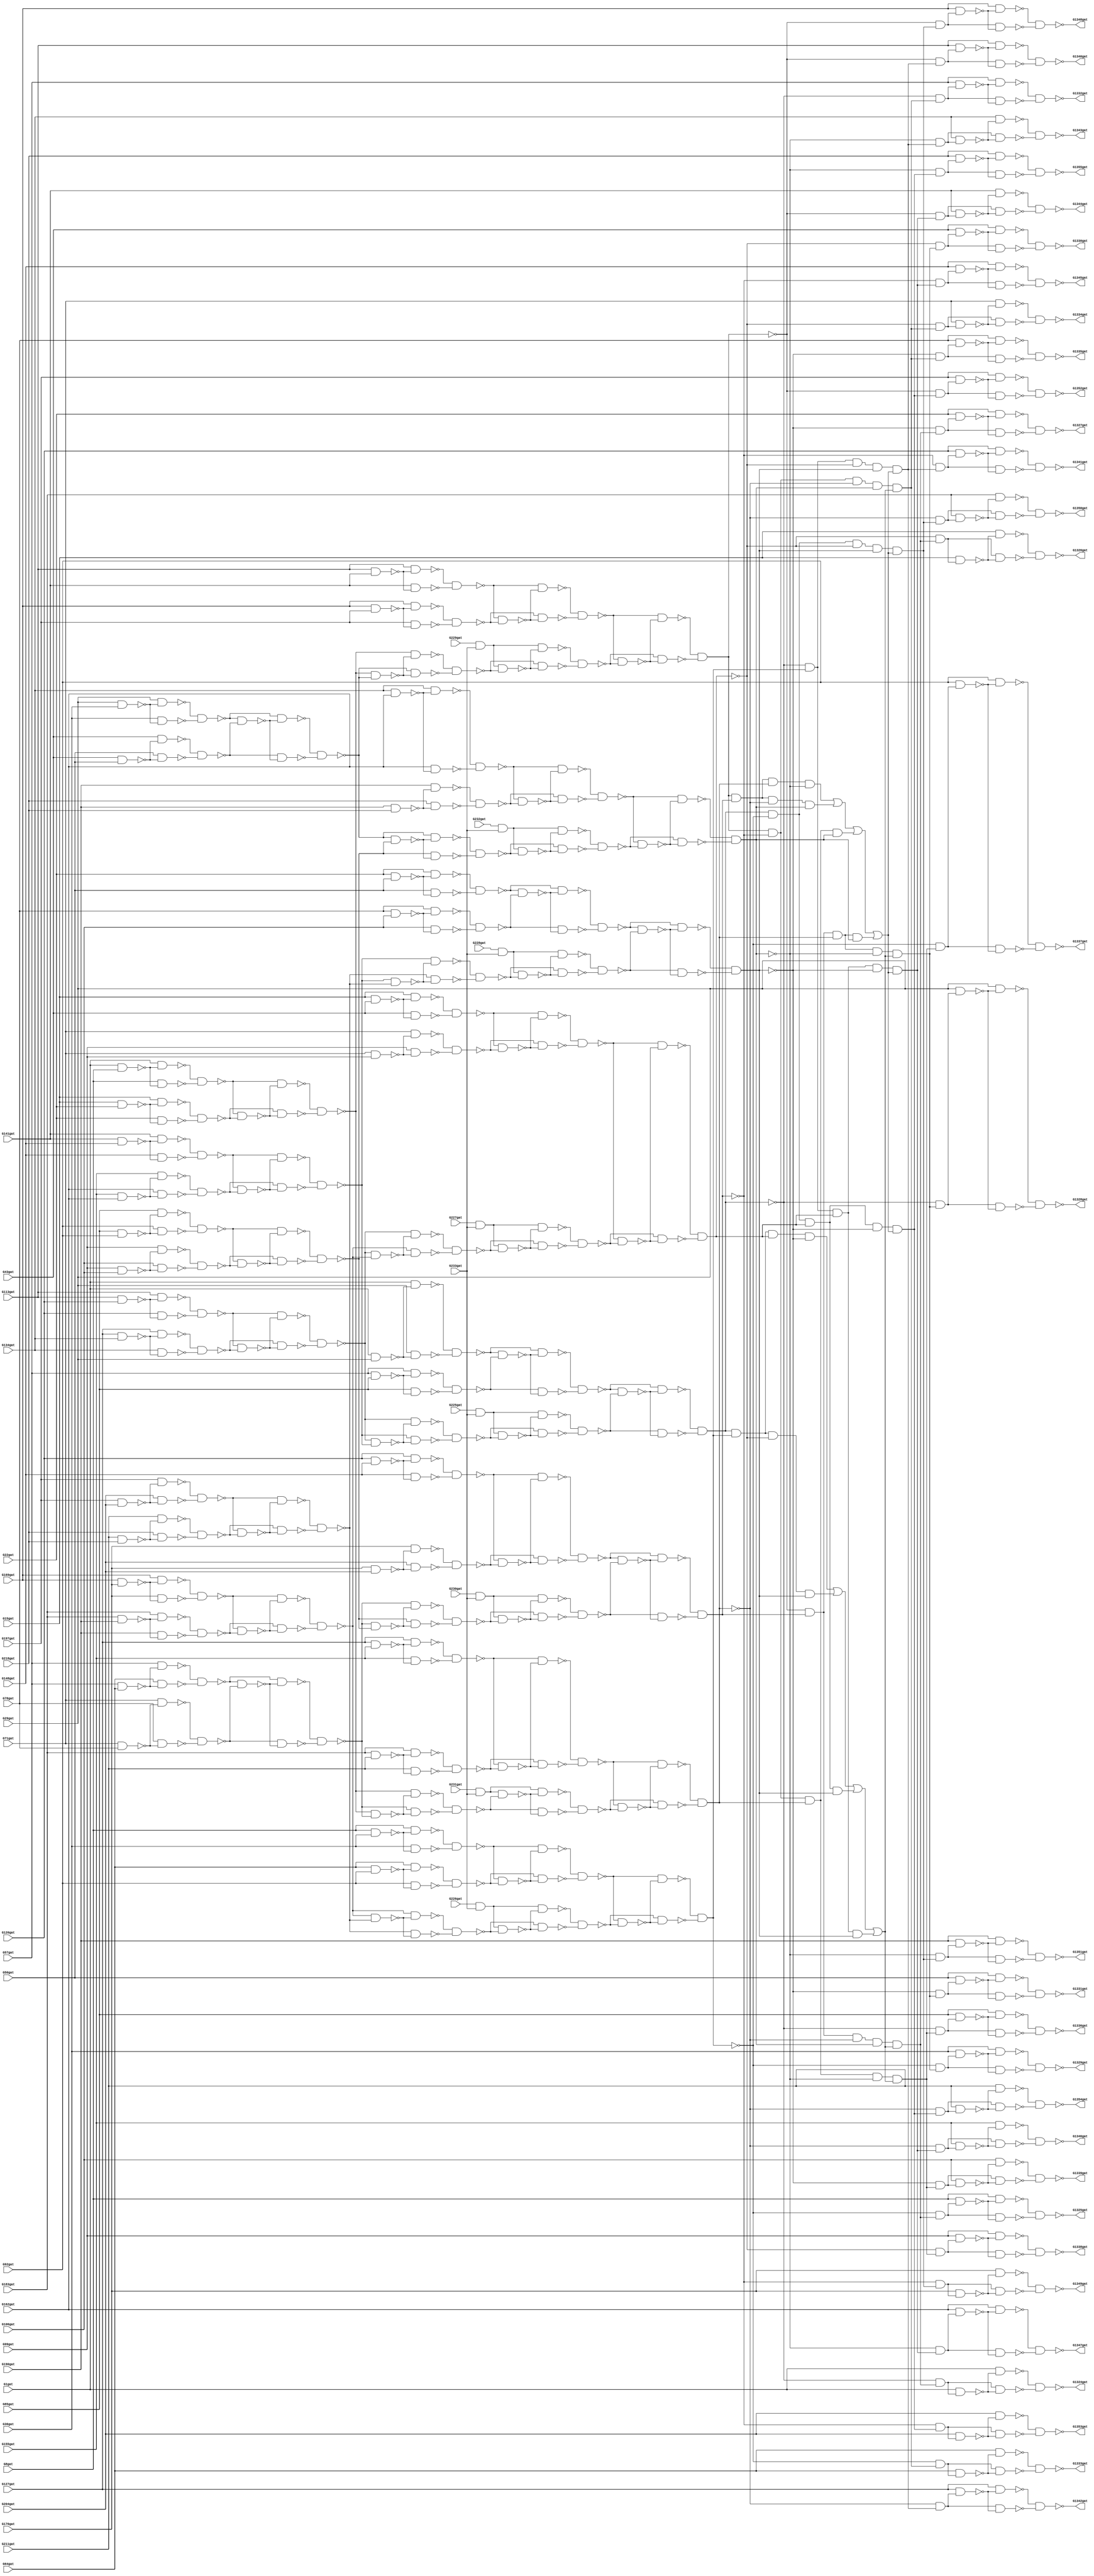
// Verilog File 
module c1355 (G1gat,G8gat,G15gat,G22gat,G29gat,G36gat,G43gat,G50gat,G57gat,
G64gat,G71gat,G78gat,G85gat,G92gat,G99gat,G106gat,G113gat,G120gat,G127gat,
G134gat,G141gat,G148gat,G155gat,G162gat,G169gat,G176gat,G183gat,G190gat,G197gat,
G204gat,G211gat,G218gat,G225gat,G226gat,G227gat,G228gat,G229gat,G230gat,G231gat,
G232gat,G233gat,G1324gat,G1325gat,G1326gat,G1327gat,G1328gat,G1329gat,G1330gat,G1331gat,
G1332gat,G1333gat,G1334gat,G1335gat,G1336gat,G1337gat,G1338gat,G1339gat,G1340gat,G1341gat,
G1342gat,G1343gat,G1344gat,G1345gat,G1346gat,G1347gat,G1348gat,G1349gat,G1350gat,G1351gat,
G1352gat,G1353gat,G1354gat,G1355gat);

input G1gat,G8gat,G15gat,G22gat,G29gat,G36gat,G43gat,G50gat,G57gat,
G64gat,G71gat,G78gat,G85gat,G92gat,G99gat,G106gat,G113gat,G120gat,G127gat,
G134gat,G141gat,G148gat,G155gat,G162gat,G169gat,G176gat,G183gat,G190gat,G197gat,
G204gat,G211gat,G218gat,G225gat,G226gat,G227gat,G228gat,G229gat,G230gat,G231gat,
G232gat,G233gat;

output G1324gat,G1325gat,G1326gat,G1327gat,G1328gat,G1329gat,G1330gat,G1331gat,G1332gat,
G1333gat,G1334gat,G1335gat,G1336gat,G1337gat,G1338gat,G1339gat,G1340gat,G1341gat,G1342gat,
G1343gat,G1344gat,G1345gat,G1346gat,G1347gat,G1348gat,G1349gat,G1350gat,G1351gat,G1352gat,
G1353gat,G1354gat,G1355gat;

wire G242gat,G245gat,G248gat,G251gat,G254gat,G257gat,G260gat,G263gat,G266gat,
G269gat,G272gat,G275gat,G278gat,G281gat,G284gat,G287gat,G290gat,G293gat,G296gat,
G299gat,G302gat,G305gat,G308gat,G311gat,G314gat,G317gat,G320gat,G323gat,G326gat,
G329gat,G332gat,G335gat,G338gat,G341gat,G344gat,G347gat,G350gat,G353gat,G356gat,
G359gat,G362gat,G363gat,G364gat,G365gat,G366gat,G367gat,G368gat,G369gat,G370gat,
G371gat,G372gat,G373gat,G374gat,G375gat,G376gat,G377gat,G378gat,G379gat,G380gat,
G381gat,G382gat,G383gat,G384gat,G385gat,G386gat,G387gat,G388gat,G389gat,G390gat,
G391gat,G392gat,G393gat,G394gat,G395gat,G396gat,G397gat,G398gat,G399gat,G400gat,
G401gat,G402gat,G403gat,G404gat,G405gat,G406gat,G407gat,G408gat,G409gat,G410gat,
G411gat,G412gat,G413gat,G414gat,G415gat,G416gat,G417gat,G418gat,G419gat,G420gat,
G421gat,G422gat,G423gat,G424gat,G425gat,G426gat,G429gat,G432gat,G435gat,G438gat,
G441gat,G444gat,G447gat,G450gat,G453gat,G456gat,G459gat,G462gat,G465gat,G468gat,
G471gat,G474gat,G477gat,G480gat,G483gat,G486gat,G489gat,G492gat,G495gat,G498gat,
G501gat,G504gat,G507gat,G510gat,G513gat,G516gat,G519gat,G522gat,G525gat,G528gat,
G531gat,G534gat,G537gat,G540gat,G543gat,G546gat,G549gat,G552gat,G555gat,G558gat,
G561gat,G564gat,G567gat,G570gat,G571gat,G572gat,G573gat,G574gat,G575gat,G576gat,
G577gat,G578gat,G579gat,G580gat,G581gat,G582gat,G583gat,G584gat,G585gat,G586gat,
G587gat,G588gat,G589gat,G590gat,G591gat,G592gat,G593gat,G594gat,G595gat,G596gat,
G597gat,G598gat,G599gat,G600gat,G601gat,G602gat,G607gat,G612gat,G617gat,G622gat,
G627gat,G632gat,G637gat,G642gat,G645gat,G648gat,G651gat,G654gat,G657gat,G660gat,
G663gat,G666gat,G669gat,G672gat,G675gat,G678gat,G681gat,G684gat,G687gat,G690gat,
G691gat,G692gat,G693gat,G694gat,G695gat,G696gat,G697gat,G698gat,G699gat,G700gat,
G701gat,G702gat,G703gat,G704gat,G705gat,G706gat,G709gat,G712gat,G715gat,G718gat,
G721gat,G724gat,G727gat,G730gat,G733gat,G736gat,G739gat,G742gat,G745gat,G748gat,
G751gat,G754gat,G755gat,G756gat,G757gat,G758gat,G759gat,G760gat,G761gat,G762gat,
G763gat,G764gat,G765gat,G766gat,G767gat,G768gat,G769gat,G770gat,G773gat,G776gat,
G779gat,G782gat,G785gat,G788gat,G791gat,G794gat,G797gat,G800gat,G803gat,G806gat,
G809gat,G812gat,G815gat,G818gat,G819gat,G820gat,G821gat,G822gat,G823gat,G824gat,
G825gat,G826gat,G827gat,G828gat,G829gat,G830gat,G831gat,G832gat,G833gat,G834gat,
G847gat,G860gat,G873gat,G886gat,G899gat,G912gat,G925gat,G938gat,G939gat,G940gat,
G941gat,G942gat,G943gat,G944gat,G945gat,G946gat,G947gat,G948gat,G949gat,G950gat,
G951gat,G952gat,G953gat,G954gat,G955gat,G956gat,G957gat,G958gat,G959gat,G960gat,
G961gat,G962gat,G963gat,G964gat,G965gat,G966gat,G967gat,G968gat,G969gat,G970gat,
G971gat,G972gat,G973gat,G974gat,G975gat,G976gat,G977gat,G978gat,G979gat,G980gat,
G981gat,G982gat,G983gat,G984gat,G985gat,G986gat,G991gat,G996gat,G1001gat,G1006gat,
G1011gat,G1016gat,G1021gat,G1026gat,G1031gat,G1036gat,G1039gat,G1042gat,G1045gat,G1048gat,
G1051gat,G1054gat,G1057gat,G1060gat,G1063gat,G1066gat,G1069gat,G1072gat,G1075gat,G1078gat,
G1081gat,G1084gat,G1087gat,G1090gat,G1093gat,G1096gat,G1099gat,G1102gat,G1105gat,G1108gat,
G1111gat,G1114gat,G1117gat,G1120gat,G1123gat,G1126gat,G1129gat,G1132gat,G1135gat,G1138gat,
G1141gat,G1144gat,G1147gat,G1150gat,G1153gat,G1156gat,G1159gat,G1162gat,G1165gat,G1168gat,
G1171gat,G1174gat,G1177gat,G1180gat,G1183gat,G1186gat,G1189gat,G1192gat,G1195gat,G1198gat,
G1201gat,G1204gat,G1207gat,G1210gat,G1213gat,G1216gat,G1219gat,G1222gat,G1225gat,G1228gat,
G1229gat,G1230gat,G1231gat,G1232gat,G1233gat,G1234gat,G1235gat,G1236gat,G1237gat,G1238gat,
G1239gat,G1240gat,G1241gat,G1242gat,G1243gat,G1244gat,G1245gat,G1246gat,G1247gat,G1248gat,
G1249gat,G1250gat,G1251gat,G1252gat,G1253gat,G1254gat,G1255gat,G1256gat,G1257gat,G1258gat,
G1259gat,G1260gat,G1261gat,G1262gat,G1263gat,G1264gat,G1265gat,G1266gat,G1267gat,G1268gat,
G1269gat,G1270gat,G1271gat,G1272gat,G1273gat,G1274gat,G1275gat,G1276gat,G1277gat,G1278gat,
G1279gat,G1280gat,G1281gat,G1282gat,G1283gat,G1284gat,G1285gat,G1286gat,G1287gat,G1288gat,
G1289gat,G1290gat,G1291gat,G1292gat,G1293gat,G1294gat,G1295gat,G1296gat,G1297gat,G1298gat,
G1299gat,G1300gat,G1301gat,G1302gat,G1303gat,G1304gat,G1305gat,G1306gat,G1307gat,G1308gat,
G1309gat,G1310gat,G1311gat,G1312gat,G1313gat,G1314gat,G1315gat,G1316gat,G1317gat,G1318gat,
G1319gat,G1320gat,G1321gat,G1322gat,G1323gat;
and gate_0(G242gat,G225gat,G233gat);
and gate_1(G245gat,G226gat,G233gat);
and gate_2(G248gat,G227gat,G233gat);
and gate_3(G251gat,G228gat,G233gat);
and gate_4(G254gat,G229gat,G233gat);
and gate_5(G257gat,G230gat,G233gat);
and gate_6(G260gat,G231gat,G233gat);
and gate_7(G263gat,G232gat,G233gat);
nand gate_8(G266gat,G1gat,G8gat);
nand gate_9(G269gat,G15gat,G22gat);
nand gate_10(G272gat,G29gat,G36gat);
nand gate_11(G275gat,G43gat,G50gat);
nand gate_12(G278gat,G57gat,G64gat);
nand gate_13(G281gat,G71gat,G78gat);
nand gate_14(G284gat,G85gat,G92gat);
nand gate_15(G287gat,G99gat,G106gat);
nand gate_16(G290gat,G113gat,G120gat);
nand gate_17(G293gat,G127gat,G134gat);
nand gate_18(G296gat,G141gat,G148gat);
nand gate_19(G299gat,G155gat,G162gat);
nand gate_20(G302gat,G169gat,G176gat);
nand gate_21(G305gat,G183gat,G190gat);
nand gate_22(G308gat,G197gat,G204gat);
nand gate_23(G311gat,G211gat,G218gat);
nand gate_24(G314gat,G1gat,G29gat);
nand gate_25(G317gat,G57gat,G85gat);
nand gate_26(G320gat,G8gat,G36gat);
nand gate_27(G323gat,G64gat,G92gat);
nand gate_28(G326gat,G15gat,G43gat);
nand gate_29(G329gat,G71gat,G99gat);
nand gate_30(G332gat,G22gat,G50gat);
nand gate_31(G335gat,G78gat,G106gat);
nand gate_32(G338gat,G113gat,G141gat);
nand gate_33(G341gat,G169gat,G197gat);
nand gate_34(G344gat,G120gat,G148gat);
nand gate_35(G347gat,G176gat,G204gat);
nand gate_36(G350gat,G127gat,G155gat);
nand gate_37(G353gat,G183gat,G211gat);
nand gate_38(G356gat,G134gat,G162gat);
nand gate_39(G359gat,G190gat,G218gat);
nand gate_40(G362gat,G1gat,G266gat);
nand gate_41(G363gat,G8gat,G266gat);
nand gate_42(G364gat,G15gat,G269gat);
nand gate_43(G365gat,G22gat,G269gat);
nand gate_44(G366gat,G29gat,G272gat);
nand gate_45(G367gat,G36gat,G272gat);
nand gate_46(G368gat,G43gat,G275gat);
nand gate_47(G369gat,G50gat,G275gat);
nand gate_48(G370gat,G57gat,G278gat);
nand gate_49(G371gat,G64gat,G278gat);
nand gate_50(G372gat,G71gat,G281gat);
nand gate_51(G373gat,G78gat,G281gat);
nand gate_52(G374gat,G85gat,G284gat);
nand gate_53(G375gat,G92gat,G284gat);
nand gate_54(G376gat,G99gat,G287gat);
nand gate_55(G377gat,G106gat,G287gat);
nand gate_56(G378gat,G113gat,G290gat);
nand gate_57(G379gat,G120gat,G290gat);
nand gate_58(G380gat,G127gat,G293gat);
nand gate_59(G381gat,G134gat,G293gat);
nand gate_60(G382gat,G141gat,G296gat);
nand gate_61(G383gat,G148gat,G296gat);
nand gate_62(G384gat,G155gat,G299gat);
nand gate_63(G385gat,G162gat,G299gat);
nand gate_64(G386gat,G169gat,G302gat);
nand gate_65(G387gat,G176gat,G302gat);
nand gate_66(G388gat,G183gat,G305gat);
nand gate_67(G389gat,G190gat,G305gat);
nand gate_68(G390gat,G197gat,G308gat);
nand gate_69(G391gat,G204gat,G308gat);
nand gate_70(G392gat,G211gat,G311gat);
nand gate_71(G393gat,G218gat,G311gat);
nand gate_72(G394gat,G1gat,G314gat);
nand gate_73(G395gat,G29gat,G314gat);
nand gate_74(G396gat,G57gat,G317gat);
nand gate_75(G397gat,G85gat,G317gat);
nand gate_76(G398gat,G8gat,G320gat);
nand gate_77(G399gat,G36gat,G320gat);
nand gate_78(G400gat,G64gat,G323gat);
nand gate_79(G401gat,G92gat,G323gat);
nand gate_80(G402gat,G15gat,G326gat);
nand gate_81(G403gat,G43gat,G326gat);
nand gate_82(G404gat,G71gat,G329gat);
nand gate_83(G405gat,G99gat,G329gat);
nand gate_84(G406gat,G22gat,G332gat);
nand gate_85(G407gat,G50gat,G332gat);
nand gate_86(G408gat,G78gat,G335gat);
nand gate_87(G409gat,G106gat,G335gat);
nand gate_88(G410gat,G113gat,G338gat);
nand gate_89(G411gat,G141gat,G338gat);
nand gate_90(G412gat,G169gat,G341gat);
nand gate_91(G413gat,G197gat,G341gat);
nand gate_92(G414gat,G120gat,G344gat);
nand gate_93(G415gat,G148gat,G344gat);
nand gate_94(G416gat,G176gat,G347gat);
nand gate_95(G417gat,G204gat,G347gat);
nand gate_96(G418gat,G127gat,G350gat);
nand gate_97(G419gat,G155gat,G350gat);
nand gate_98(G420gat,G183gat,G353gat);
nand gate_99(G421gat,G211gat,G353gat);
nand gate_100(G422gat,G134gat,G356gat);
nand gate_101(G423gat,G162gat,G356gat);
nand gate_102(G424gat,G190gat,G359gat);
nand gate_103(G425gat,G218gat,G359gat);
nand gate_104(G426gat,G362gat,G363gat);
nand gate_105(G429gat,G364gat,G365gat);
nand gate_106(G432gat,G366gat,G367gat);
nand gate_107(G435gat,G368gat,G369gat);
nand gate_108(G438gat,G370gat,G371gat);
nand gate_109(G441gat,G372gat,G373gat);
nand gate_110(G444gat,G374gat,G375gat);
nand gate_111(G447gat,G376gat,G377gat);
nand gate_112(G450gat,G378gat,G379gat);
nand gate_113(G453gat,G380gat,G381gat);
nand gate_114(G456gat,G382gat,G383gat);
nand gate_115(G459gat,G384gat,G385gat);
nand gate_116(G462gat,G386gat,G387gat);
nand gate_117(G465gat,G388gat,G389gat);
nand gate_118(G468gat,G390gat,G391gat);
nand gate_119(G471gat,G392gat,G393gat);
nand gate_120(G474gat,G394gat,G395gat);
nand gate_121(G477gat,G396gat,G397gat);
nand gate_122(G480gat,G398gat,G399gat);
nand gate_123(G483gat,G400gat,G401gat);
nand gate_124(G486gat,G402gat,G403gat);
nand gate_125(G489gat,G404gat,G405gat);
nand gate_126(G492gat,G406gat,G407gat);
nand gate_127(G495gat,G408gat,G409gat);
nand gate_128(G498gat,G410gat,G411gat);
nand gate_129(G501gat,G412gat,G413gat);
nand gate_130(G504gat,G414gat,G415gat);
nand gate_131(G507gat,G416gat,G417gat);
nand gate_132(G510gat,G418gat,G419gat);
nand gate_133(G513gat,G420gat,G421gat);
nand gate_134(G516gat,G422gat,G423gat);
nand gate_135(G519gat,G424gat,G425gat);
nand gate_136(G522gat,G426gat,G429gat);
nand gate_137(G525gat,G432gat,G435gat);
nand gate_138(G528gat,G438gat,G441gat);
nand gate_139(G531gat,G444gat,G447gat);
nand gate_140(G534gat,G450gat,G453gat);
nand gate_141(G537gat,G456gat,G459gat);
nand gate_142(G540gat,G462gat,G465gat);
nand gate_143(G543gat,G468gat,G471gat);
nand gate_144(G546gat,G474gat,G477gat);
nand gate_145(G549gat,G480gat,G483gat);
nand gate_146(G552gat,G486gat,G489gat);
nand gate_147(G555gat,G492gat,G495gat);
nand gate_148(G558gat,G498gat,G501gat);
nand gate_149(G561gat,G504gat,G507gat);
nand gate_150(G564gat,G510gat,G513gat);
nand gate_151(G567gat,G516gat,G519gat);
nand gate_152(G570gat,G426gat,G522gat);
nand gate_153(G571gat,G429gat,G522gat);
nand gate_154(G572gat,G432gat,G525gat);
nand gate_155(G573gat,G435gat,G525gat);
nand gate_156(G574gat,G438gat,G528gat);
nand gate_157(G575gat,G441gat,G528gat);
nand gate_158(G576gat,G444gat,G531gat);
nand gate_159(G577gat,G447gat,G531gat);
nand gate_160(G578gat,G450gat,G534gat);
nand gate_161(G579gat,G453gat,G534gat);
nand gate_162(G580gat,G456gat,G537gat);
nand gate_163(G581gat,G459gat,G537gat);
nand gate_164(G582gat,G462gat,G540gat);
nand gate_165(G583gat,G465gat,G540gat);
nand gate_166(G584gat,G468gat,G543gat);
nand gate_167(G585gat,G471gat,G543gat);
nand gate_168(G586gat,G474gat,G546gat);
nand gate_169(G587gat,G477gat,G546gat);
nand gate_170(G588gat,G480gat,G549gat);
nand gate_171(G589gat,G483gat,G549gat);
nand gate_172(G590gat,G486gat,G552gat);
nand gate_173(G591gat,G489gat,G552gat);
nand gate_174(G592gat,G492gat,G555gat);
nand gate_175(G593gat,G495gat,G555gat);
nand gate_176(G594gat,G498gat,G558gat);
nand gate_177(G595gat,G501gat,G558gat);
nand gate_178(G596gat,G504gat,G561gat);
nand gate_179(G597gat,G507gat,G561gat);
nand gate_180(G598gat,G510gat,G564gat);
nand gate_181(G599gat,G513gat,G564gat);
nand gate_182(G600gat,G516gat,G567gat);
nand gate_183(G601gat,G519gat,G567gat);
nand gate_184(G602gat,G570gat,G571gat);
nand gate_185(G607gat,G572gat,G573gat);
nand gate_186(G612gat,G574gat,G575gat);
nand gate_187(G617gat,G576gat,G577gat);
nand gate_188(G622gat,G578gat,G579gat);
nand gate_189(G627gat,G580gat,G581gat);
nand gate_190(G632gat,G582gat,G583gat);
nand gate_191(G637gat,G584gat,G585gat);
nand gate_192(G642gat,G586gat,G587gat);
nand gate_193(G645gat,G588gat,G589gat);
nand gate_194(G648gat,G590gat,G591gat);
nand gate_195(G651gat,G592gat,G593gat);
nand gate_196(G654gat,G594gat,G595gat);
nand gate_197(G657gat,G596gat,G597gat);
nand gate_198(G660gat,G598gat,G599gat);
nand gate_199(G663gat,G600gat,G601gat);
nand gate_200(G666gat,G602gat,G607gat);
nand gate_201(G669gat,G612gat,G617gat);
nand gate_202(G672gat,G602gat,G612gat);
nand gate_203(G675gat,G607gat,G617gat);
nand gate_204(G678gat,G622gat,G627gat);
nand gate_205(G681gat,G632gat,G637gat);
nand gate_206(G684gat,G622gat,G632gat);
nand gate_207(G687gat,G627gat,G637gat);
nand gate_208(G690gat,G602gat,G666gat);
nand gate_209(G691gat,G607gat,G666gat);
nand gate_210(G692gat,G612gat,G669gat);
nand gate_211(G693gat,G617gat,G669gat);
nand gate_212(G694gat,G602gat,G672gat);
nand gate_213(G695gat,G612gat,G672gat);
nand gate_214(G696gat,G607gat,G675gat);
nand gate_215(G697gat,G617gat,G675gat);
nand gate_216(G698gat,G622gat,G678gat);
nand gate_217(G699gat,G627gat,G678gat);
nand gate_218(G700gat,G632gat,G681gat);
nand gate_219(G701gat,G637gat,G681gat);
nand gate_220(G702gat,G622gat,G684gat);
nand gate_221(G703gat,G632gat,G684gat);
nand gate_222(G704gat,G627gat,G687gat);
nand gate_223(G705gat,G637gat,G687gat);
nand gate_224(G706gat,G690gat,G691gat);
nand gate_225(G709gat,G692gat,G693gat);
nand gate_226(G712gat,G694gat,G695gat);
nand gate_227(G715gat,G696gat,G697gat);
nand gate_228(G718gat,G698gat,G699gat);
nand gate_229(G721gat,G700gat,G701gat);
nand gate_230(G724gat,G702gat,G703gat);
nand gate_231(G727gat,G704gat,G705gat);
nand gate_232(G730gat,G242gat,G718gat);
nand gate_233(G733gat,G245gat,G721gat);
nand gate_234(G736gat,G248gat,G724gat);
nand gate_235(G739gat,G251gat,G727gat);
nand gate_236(G742gat,G254gat,G706gat);
nand gate_237(G745gat,G257gat,G709gat);
nand gate_238(G748gat,G260gat,G712gat);
nand gate_239(G751gat,G263gat,G715gat);
nand gate_240(G754gat,G242gat,G730gat);
nand gate_241(G755gat,G718gat,G730gat);
nand gate_242(G756gat,G245gat,G733gat);
nand gate_243(G757gat,G721gat,G733gat);
nand gate_244(G758gat,G248gat,G736gat);
nand gate_245(G759gat,G724gat,G736gat);
nand gate_246(G760gat,G251gat,G739gat);
nand gate_247(G761gat,G727gat,G739gat);
nand gate_248(G762gat,G254gat,G742gat);
nand gate_249(G763gat,G706gat,G742gat);
nand gate_250(G764gat,G257gat,G745gat);
nand gate_251(G765gat,G709gat,G745gat);
nand gate_252(G766gat,G260gat,G748gat);
nand gate_253(G767gat,G712gat,G748gat);
nand gate_254(G768gat,G263gat,G751gat);
nand gate_255(G769gat,G715gat,G751gat);
nand gate_256(G770gat,G754gat,G755gat);
nand gate_257(G773gat,G756gat,G757gat);
nand gate_258(G776gat,G758gat,G759gat);
nand gate_259(G779gat,G760gat,G761gat);
nand gate_260(G782gat,G762gat,G763gat);
nand gate_261(G785gat,G764gat,G765gat);
nand gate_262(G788gat,G766gat,G767gat);
nand gate_263(G791gat,G768gat,G769gat);
nand gate_264(G794gat,G642gat,G770gat);
nand gate_265(G797gat,G645gat,G773gat);
nand gate_266(G800gat,G648gat,G776gat);
nand gate_267(G803gat,G651gat,G779gat);
nand gate_268(G806gat,G654gat,G782gat);
nand gate_269(G809gat,G657gat,G785gat);
nand gate_270(G812gat,G660gat,G788gat);
nand gate_271(G815gat,G663gat,G791gat);
nand gate_272(G818gat,G642gat,G794gat);
nand gate_273(G819gat,G770gat,G794gat);
nand gate_274(G820gat,G645gat,G797gat);
nand gate_275(G821gat,G773gat,G797gat);
nand gate_276(G822gat,G648gat,G800gat);
nand gate_277(G823gat,G776gat,G800gat);
nand gate_278(G824gat,G651gat,G803gat);
nand gate_279(G825gat,G779gat,G803gat);
nand gate_280(G826gat,G654gat,G806gat);
nand gate_281(G827gat,G782gat,G806gat);
nand gate_282(G828gat,G657gat,G809gat);
nand gate_283(G829gat,G785gat,G809gat);
nand gate_284(G830gat,G660gat,G812gat);
nand gate_285(G831gat,G788gat,G812gat);
nand gate_286(G832gat,G663gat,G815gat);
nand gate_287(G833gat,G791gat,G815gat);
nand gate_288(G834gat,G818gat,G819gat);
nand gate_289(G847gat,G820gat,G821gat);
nand gate_290(G860gat,G822gat,G823gat);
nand gate_291(G873gat,G824gat,G825gat);
nand gate_292(G886gat,G828gat,G829gat);
nand gate_293(G899gat,G832gat,G833gat);
nand gate_294(G912gat,G830gat,G831gat);
nand gate_295(G925gat,G826gat,G827gat);
not gate_296(G938gat,G834gat);
not gate_297(G939gat,G847gat);
not gate_298(G940gat,G860gat);
not gate_299(G941gat,G834gat);
not gate_300(G942gat,G847gat);
not gate_301(G943gat,G873gat);
not gate_302(G944gat,G834gat);
not gate_303(G945gat,G860gat);
not gate_304(G946gat,G873gat);
not gate_305(G947gat,G847gat);
not gate_306(G948gat,G860gat);
not gate_307(G949gat,G873gat);
not gate_308(G950gat,G886gat);
not gate_309(G951gat,G899gat);
not gate_310(G952gat,G886gat);
not gate_311(G953gat,G912gat);
not gate_312(G954gat,G925gat);
not gate_313(G955gat,G899gat);
not gate_314(G956gat,G925gat);
not gate_315(G957gat,G912gat);
not gate_316(G958gat,G925gat);
not gate_317(G959gat,G886gat);
not gate_318(G960gat,G912gat);
not gate_319(G961gat,G925gat);
not gate_320(G962gat,G886gat);
not gate_321(G963gat,G899gat);
not gate_322(G964gat,G925gat);
not gate_323(G965gat,G912gat);
not gate_324(G966gat,G899gat);
not gate_325(G967gat,G886gat);
not gate_326(G968gat,G912gat);
not gate_327(G969gat,G899gat);
not gate_328(G970gat,G847gat);
not gate_329(G971gat,G873gat);
not gate_330(G972gat,G847gat);
not gate_331(G973gat,G860gat);
not gate_332(G974gat,G834gat);
not gate_333(G975gat,G873gat);
not gate_334(G976gat,G834gat);
not gate_335(G977gat,G860gat);
and gate_336(G978gat,G938gat,G939gat,G940gat,G873gat);
and gate_337(G979gat,G941gat,G942gat,G860gat,G943gat);
and gate_338(G980gat,G944gat,G847gat,G945gat,G946gat);
and gate_339(G981gat,G834gat,G947gat,G948gat,G949gat);
and gate_340(G982gat,G958gat,G959gat,G960gat,G899gat);
and gate_341(G983gat,G961gat,G962gat,G912gat,G963gat);
and gate_342(G984gat,G964gat,G886gat,G965gat,G966gat);
and gate_343(G985gat,G925gat,G967gat,G968gat,G969gat);
or gate_344(G986gat,G978gat,G979gat,G980gat,G981gat);
or gate_345(G991gat,G982gat,G983gat,G984gat,G985gat);
and gate_346(G996gat,G925gat,G950gat,G912gat,G951gat,G986gat);
and gate_347(G1001gat,G925gat,G952gat,G953gat,G899gat,G986gat);
and gate_348(G1006gat,G954gat,G886gat,G912gat,G955gat,G986gat);
and gate_349(G1011gat,G956gat,G886gat,G957gat,G899gat,G986gat);
and gate_350(G1016gat,G834gat,G970gat,G860gat,G971gat,G991gat);
and gate_351(G1021gat,G834gat,G972gat,G973gat,G873gat,G991gat);
and gate_352(G1026gat,G974gat,G847gat,G860gat,G975gat,G991gat);
and gate_353(G1031gat,G976gat,G847gat,G977gat,G873gat,G991gat);
and gate_354(G1036gat,G834gat,G996gat);
and gate_355(G1039gat,G847gat,G996gat);
and gate_356(G1042gat,G860gat,G996gat);
and gate_357(G1045gat,G873gat,G996gat);
and gate_358(G1048gat,G834gat,G1001gat);
and gate_359(G1051gat,G847gat,G1001gat);
and gate_360(G1054gat,G860gat,G1001gat);
and gate_361(G1057gat,G873gat,G1001gat);
and gate_362(G1060gat,G834gat,G1006gat);
and gate_363(G1063gat,G847gat,G1006gat);
and gate_364(G1066gat,G860gat,G1006gat);
and gate_365(G1069gat,G873gat,G1006gat);
and gate_366(G1072gat,G834gat,G1011gat);
and gate_367(G1075gat,G847gat,G1011gat);
and gate_368(G1078gat,G860gat,G1011gat);
and gate_369(G1081gat,G873gat,G1011gat);
and gate_370(G1084gat,G925gat,G1016gat);
and gate_371(G1087gat,G886gat,G1016gat);
and gate_372(G1090gat,G912gat,G1016gat);
and gate_373(G1093gat,G899gat,G1016gat);
and gate_374(G1096gat,G925gat,G1021gat);
and gate_375(G1099gat,G886gat,G1021gat);
and gate_376(G1102gat,G912gat,G1021gat);
and gate_377(G1105gat,G899gat,G1021gat);
and gate_378(G1108gat,G925gat,G1026gat);
and gate_379(G1111gat,G886gat,G1026gat);
and gate_380(G1114gat,G912gat,G1026gat);
and gate_381(G1117gat,G899gat,G1026gat);
and gate_382(G1120gat,G925gat,G1031gat);
and gate_383(G1123gat,G886gat,G1031gat);
and gate_384(G1126gat,G912gat,G1031gat);
and gate_385(G1129gat,G899gat,G1031gat);
nand gate_386(G1132gat,G1gat,G1036gat);
nand gate_387(G1135gat,G8gat,G1039gat);
nand gate_388(G1138gat,G15gat,G1042gat);
nand gate_389(G1141gat,G22gat,G1045gat);
nand gate_390(G1144gat,G29gat,G1048gat);
nand gate_391(G1147gat,G36gat,G1051gat);
nand gate_392(G1150gat,G43gat,G1054gat);
nand gate_393(G1153gat,G50gat,G1057gat);
nand gate_394(G1156gat,G57gat,G1060gat);
nand gate_395(G1159gat,G64gat,G1063gat);
nand gate_396(G1162gat,G71gat,G1066gat);
nand gate_397(G1165gat,G78gat,G1069gat);
nand gate_398(G1168gat,G85gat,G1072gat);
nand gate_399(G1171gat,G92gat,G1075gat);
nand gate_400(G1174gat,G99gat,G1078gat);
nand gate_401(G1177gat,G106gat,G1081gat);
nand gate_402(G1180gat,G113gat,G1084gat);
nand gate_403(G1183gat,G120gat,G1087gat);
nand gate_404(G1186gat,G127gat,G1090gat);
nand gate_405(G1189gat,G134gat,G1093gat);
nand gate_406(G1192gat,G141gat,G1096gat);
nand gate_407(G1195gat,G148gat,G1099gat);
nand gate_408(G1198gat,G155gat,G1102gat);
nand gate_409(G1201gat,G162gat,G1105gat);
nand gate_410(G1204gat,G169gat,G1108gat);
nand gate_411(G1207gat,G176gat,G1111gat);
nand gate_412(G1210gat,G183gat,G1114gat);
nand gate_413(G1213gat,G190gat,G1117gat);
nand gate_414(G1216gat,G197gat,G1120gat);
nand gate_415(G1219gat,G204gat,G1123gat);
nand gate_416(G1222gat,G211gat,G1126gat);
nand gate_417(G1225gat,G218gat,G1129gat);
nand gate_418(G1228gat,G1gat,G1132gat);
nand gate_419(G1229gat,G1036gat,G1132gat);
nand gate_420(G1230gat,G8gat,G1135gat);
nand gate_421(G1231gat,G1039gat,G1135gat);
nand gate_422(G1232gat,G15gat,G1138gat);
nand gate_423(G1233gat,G1042gat,G1138gat);
nand gate_424(G1234gat,G22gat,G1141gat);
nand gate_425(G1235gat,G1045gat,G1141gat);
nand gate_426(G1236gat,G29gat,G1144gat);
nand gate_427(G1237gat,G1048gat,G1144gat);
nand gate_428(G1238gat,G36gat,G1147gat);
nand gate_429(G1239gat,G1051gat,G1147gat);
nand gate_430(G1240gat,G43gat,G1150gat);
nand gate_431(G1241gat,G1054gat,G1150gat);
nand gate_432(G1242gat,G50gat,G1153gat);
nand gate_433(G1243gat,G1057gat,G1153gat);
nand gate_434(G1244gat,G57gat,G1156gat);
nand gate_435(G1245gat,G1060gat,G1156gat);
nand gate_436(G1246gat,G64gat,G1159gat);
nand gate_437(G1247gat,G1063gat,G1159gat);
nand gate_438(G1248gat,G71gat,G1162gat);
nand gate_439(G1249gat,G1066gat,G1162gat);
nand gate_440(G1250gat,G78gat,G1165gat);
nand gate_441(G1251gat,G1069gat,G1165gat);
nand gate_442(G1252gat,G85gat,G1168gat);
nand gate_443(G1253gat,G1072gat,G1168gat);
nand gate_444(G1254gat,G92gat,G1171gat);
nand gate_445(G1255gat,G1075gat,G1171gat);
nand gate_446(G1256gat,G99gat,G1174gat);
nand gate_447(G1257gat,G1078gat,G1174gat);
nand gate_448(G1258gat,G106gat,G1177gat);
nand gate_449(G1259gat,G1081gat,G1177gat);
nand gate_450(G1260gat,G113gat,G1180gat);
nand gate_451(G1261gat,G1084gat,G1180gat);
nand gate_452(G1262gat,G120gat,G1183gat);
nand gate_453(G1263gat,G1087gat,G1183gat);
nand gate_454(G1264gat,G127gat,G1186gat);
nand gate_455(G1265gat,G1090gat,G1186gat);
nand gate_456(G1266gat,G134gat,G1189gat);
nand gate_457(G1267gat,G1093gat,G1189gat);
nand gate_458(G1268gat,G141gat,G1192gat);
nand gate_459(G1269gat,G1096gat,G1192gat);
nand gate_460(G1270gat,G148gat,G1195gat);
nand gate_461(G1271gat,G1099gat,G1195gat);
nand gate_462(G1272gat,G155gat,G1198gat);
nand gate_463(G1273gat,G1102gat,G1198gat);
nand gate_464(G1274gat,G162gat,G1201gat);
nand gate_465(G1275gat,G1105gat,G1201gat);
nand gate_466(G1276gat,G169gat,G1204gat);
nand gate_467(G1277gat,G1108gat,G1204gat);
nand gate_468(G1278gat,G176gat,G1207gat);
nand gate_469(G1279gat,G1111gat,G1207gat);
nand gate_470(G1280gat,G183gat,G1210gat);
nand gate_471(G1281gat,G1114gat,G1210gat);
nand gate_472(G1282gat,G190gat,G1213gat);
nand gate_473(G1283gat,G1117gat,G1213gat);
nand gate_474(G1284gat,G197gat,G1216gat);
nand gate_475(G1285gat,G1120gat,G1216gat);
nand gate_476(G1286gat,G204gat,G1219gat);
nand gate_477(G1287gat,G1123gat,G1219gat);
nand gate_478(G1288gat,G211gat,G1222gat);
nand gate_479(G1289gat,G1126gat,G1222gat);
nand gate_480(G1290gat,G218gat,G1225gat);
nand gate_481(G1291gat,G1129gat,G1225gat);
nand gate_482(G1292gat,G1228gat,G1229gat);
nand gate_483(G1293gat,G1230gat,G1231gat);
nand gate_484(G1294gat,G1232gat,G1233gat);
nand gate_485(G1295gat,G1234gat,G1235gat);
nand gate_486(G1296gat,G1236gat,G1237gat);
nand gate_487(G1297gat,G1238gat,G1239gat);
nand gate_488(G1298gat,G1240gat,G1241gat);
nand gate_489(G1299gat,G1242gat,G1243gat);
nand gate_490(G1300gat,G1244gat,G1245gat);
nand gate_491(G1301gat,G1246gat,G1247gat);
nand gate_492(G1302gat,G1248gat,G1249gat);
nand gate_493(G1303gat,G1250gat,G1251gat);
nand gate_494(G1304gat,G1252gat,G1253gat);
nand gate_495(G1305gat,G1254gat,G1255gat);
nand gate_496(G1306gat,G1256gat,G1257gat);
nand gate_497(G1307gat,G1258gat,G1259gat);
nand gate_498(G1308gat,G1260gat,G1261gat);
nand gate_499(G1309gat,G1262gat,G1263gat);
nand gate_500(G1310gat,G1264gat,G1265gat);
nand gate_501(G1311gat,G1266gat,G1267gat);
nand gate_502(G1312gat,G1268gat,G1269gat);
nand gate_503(G1313gat,G1270gat,G1271gat);
nand gate_504(G1314gat,G1272gat,G1273gat);
nand gate_505(G1315gat,G1274gat,G1275gat);
nand gate_506(G1316gat,G1276gat,G1277gat);
nand gate_507(G1317gat,G1278gat,G1279gat);
nand gate_508(G1318gat,G1280gat,G1281gat);
nand gate_509(G1319gat,G1282gat,G1283gat);
nand gate_510(G1320gat,G1284gat,G1285gat);
nand gate_511(G1321gat,G1286gat,G1287gat);
nand gate_512(G1322gat,G1288gat,G1289gat);
nand gate_513(G1323gat,G1290gat,G1291gat);
buf gate_514(G1324gat,G1292gat);
buf gate_515(G1325gat,G1293gat);
buf gate_516(G1326gat,G1294gat);
buf gate_517(G1327gat,G1295gat);
buf gate_518(G1328gat,G1296gat);
buf gate_519(G1329gat,G1297gat);
buf gate_520(G1330gat,G1298gat);
buf gate_521(G1331gat,G1299gat);
buf gate_522(G1332gat,G1300gat);
buf gate_523(G1333gat,G1301gat);
buf gate_524(G1334gat,G1302gat);
buf gate_525(G1335gat,G1303gat);
buf gate_526(G1336gat,G1304gat);
buf gate_527(G1337gat,G1305gat);
buf gate_528(G1338gat,G1306gat);
buf gate_529(G1339gat,G1307gat);
buf gate_530(G1340gat,G1308gat);
buf gate_531(G1341gat,G1309gat);
buf gate_532(G1342gat,G1310gat);
buf gate_533(G1343gat,G1311gat);
buf gate_534(G1344gat,G1312gat);
buf gate_535(G1345gat,G1313gat);
buf gate_536(G1346gat,G1314gat);
buf gate_537(G1347gat,G1315gat);
buf gate_538(G1348gat,G1316gat);
buf gate_539(G1349gat,G1317gat);
buf gate_540(G1350gat,G1318gat);
buf gate_541(G1351gat,G1319gat);
buf gate_542(G1352gat,G1320gat);
buf gate_543(G1353gat,G1321gat);
buf gate_544(G1354gat,G1322gat);
buf gate_545(G1355gat,G1323gat);
endmodule